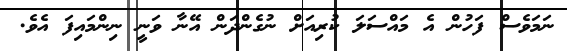
ނަމަވެސް ފަހުން އެ މައްސަލަ ކުރިއަށް ނުގެންދަން އޭނާ ވަނީ ނިންމައިފަ އެވެ.